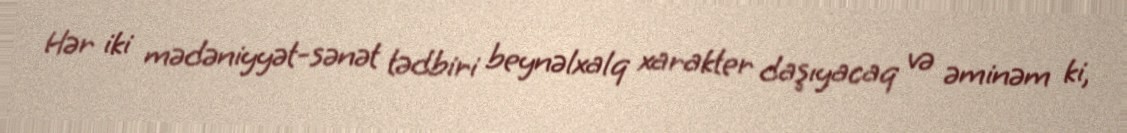
Hər iki mədəniyyət-sənət tədbiri beynəlxalq xarakter daşıyacaq və əminəm ki,